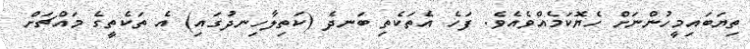
ތިޔަބައިމީހުންނަށް ހެޔޮކަމެއްވެއެވެ. ފަހެ އެތަކެތި ބަނދެ (ކަތިލާހިނދުގައި) އެ ތަކެތީގެ މައްޗަށް